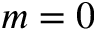
m = 0